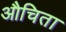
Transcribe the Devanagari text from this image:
औचिता